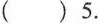
()5.